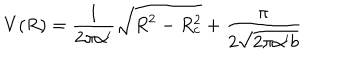
V ( R ) = \frac { 1 } { 2 \pi \alpha ^ { \prime } } \sqrt { R ^ { 2 } - R _ { c } ^ { 2 } } + \frac { \pi } { 2 \sqrt { 2 \pi \alpha ^ { \prime } b } }